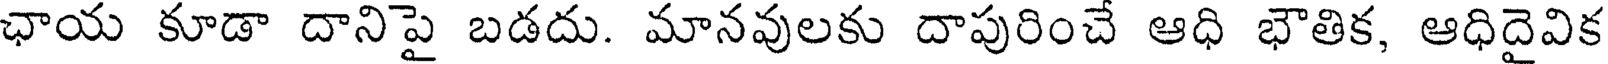
ఛాయ కూడా దానిపై బడదు. మానవులకు దాపురించే ఆధి భౌతిక, ఆధిదైవిక